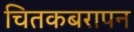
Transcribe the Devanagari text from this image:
चितकबरापन